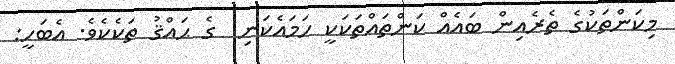
މިކަންތަކުގެ ތެރެއިން ބައެއް ކަންތައްތަކަކީ ހަމައެކަނި  ގެ ޙައްޤު ތަކެކެވެ. އެބަހީ: